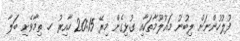
ފުލުހުންނަށް ލިބުނު މައުލޫމާތަކާއި ގުޅިގެން މިރޭ 20:15 ހާއިރު ހ. ތިމާވެށި ބަލާ